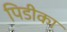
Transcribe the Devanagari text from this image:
पिडीका